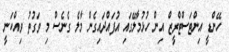
ހޭންޑީ އިންޓަސްޓްރީޒް އިން ހުޅުމާލޭގައި އުފައްދައިގެން މާލެ ގެނެސް މި ވަގުތު ވިއްކަނީ